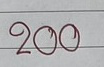
200